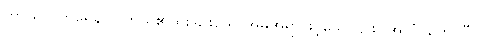
ကာယဝိကာရေနဝါ၊ ကိုယ်၏ထူးခြားသောအမူအရာဖြင့်သော်၎င်း။ အလံ၊ တော်ပြီ။